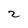
Character: 2